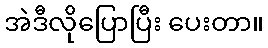
အဲဒီလိုပြောပြီး ပေးတာ။